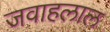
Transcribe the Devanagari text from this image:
जवाहलाल